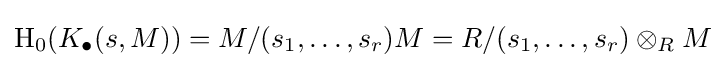
\operatorname {H} _{0}(K_{\bullet }(s,M))=M/(s_{1},\dots ,s_{r})M=R/(s_{1},\dots ,s_{r})\otimes _{R}M